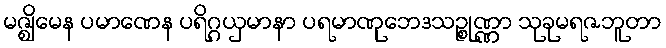
မဇ္ဈိမေန ပမာဏေန ပရိဂ္ဂယှမာနာ ပရမာဏုဘေဒသဉ္စုဏ္ဏာ သုခုမရဇဘူတာ